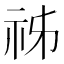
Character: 𥙌